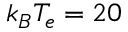
k _ { B } T _ { e } = 2 0